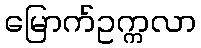
မြောက်ဥက္ကလာ